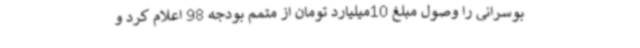
بوسرانی را وصول مبلغ 10میلیارد تومان از متمم بودجه 98 اعلام کرد و